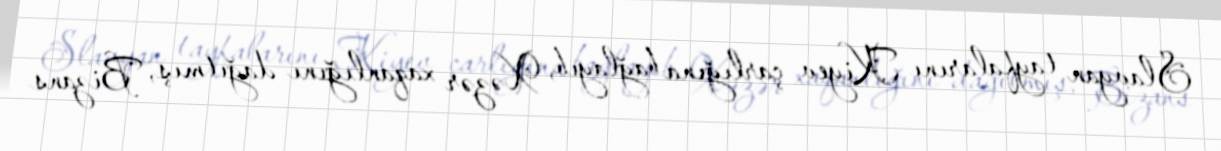
Slavyan tayfalarını Kiyev çarlığına bağlayıb, Xəzər xaqanlığını dağıtmış, Bizans